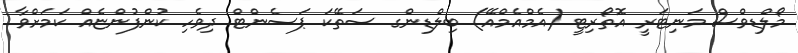
މޯލްޑިވްސް މަނިޓަރީ އޮތޯރިޓީ (އެމްއެމްއޭ) ބިލްޑިންގ ސަތޭކަ ޕަސެންޓް ދިވެހި ކުންފުންޏެއް ކަމަށްވާ